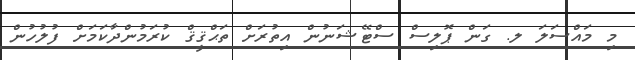
މި މައްސަލަ ލ. ގަން ޕޮލިސް ސްޓޭޝަނުން އިތުރަށް ތަޙްޤީޤް ކުރަމުންދާކަމަށް ފުލުހުން